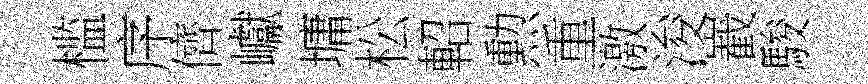
槛序儕巘墉松軺勲重激浚嶻駿